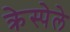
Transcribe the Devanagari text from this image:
क्रेस्पेले